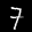
Label: 7